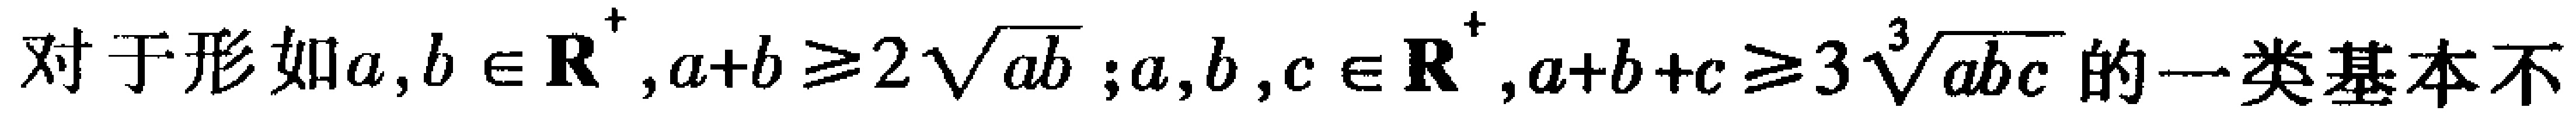
对于形如\(a,b\in \mathbf{R}^{+},a + b\geqslant 2\sqrt{ab};a,b,c\in \mathbf{R}^{+},a + b + c\geqslant 3\sqrt[3]{abc}\)的一类基本不